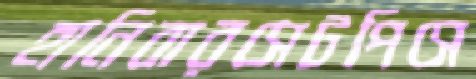
হানিবারসেটপিসে